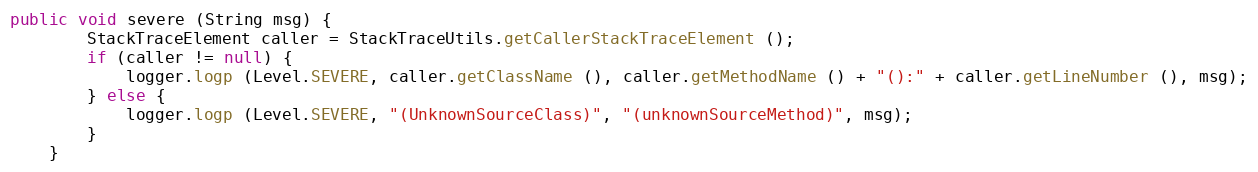
Language: Java
public void severe (String msg) {
		StackTraceElement caller = StackTraceUtils.getCallerStackTraceElement ();
		if (caller != null) {
			logger.logp (Level.SEVERE, caller.getClassName (), caller.getMethodName () + "():" + caller.getLineNumber (), msg);
		} else {
			logger.logp (Level.SEVERE, "(UnknownSourceClass)", "(unknownSourceMethod)", msg);
		}
	}